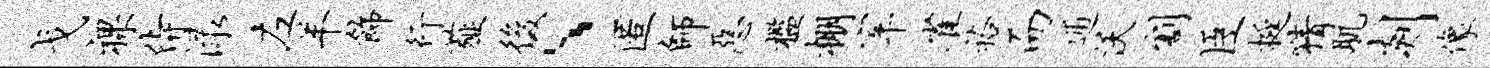
戈裸侍渌左羊饰行薤后、匿师恶槛棚宰雀裕而逋沃割臣挺猜肌剡像